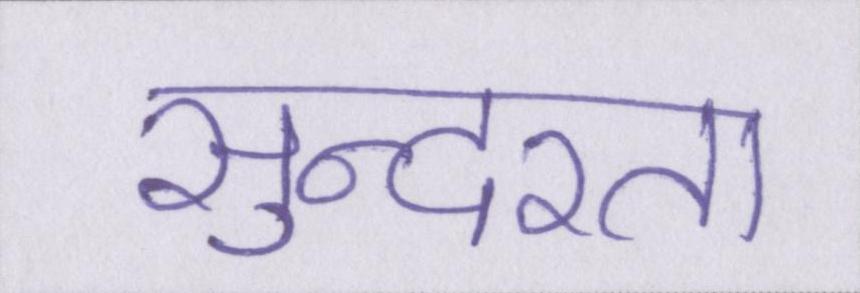
सुन्दरता